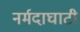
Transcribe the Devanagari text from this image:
नर्मदाघाटी